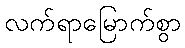
လက်ရာမြောက်စွာ